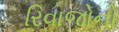
રિવાજોનો